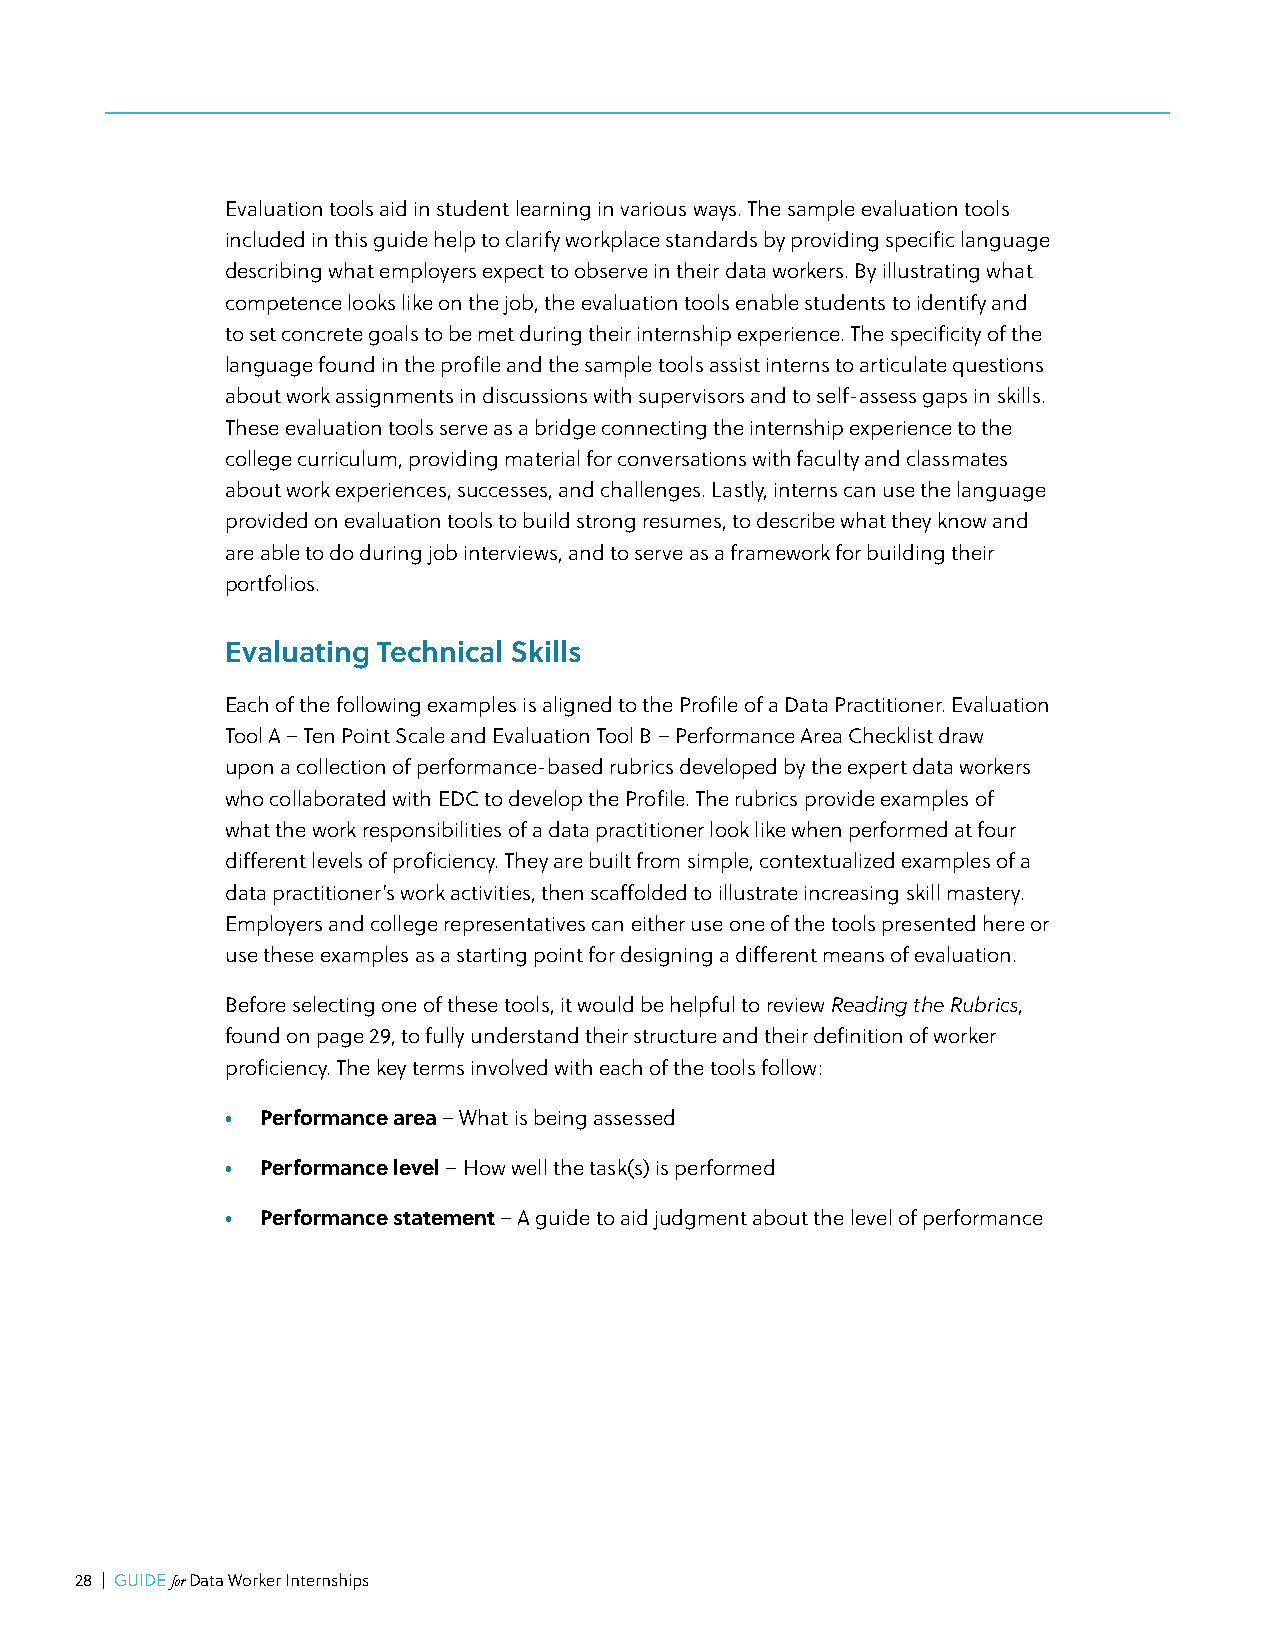
Evaluation tools aid in student learning in various ways. The sample evaluation tools
 included in this guide help to clarify workplace standards by providing specific language
 describing what employers expect to observe in their data workers. By illustrating what
 competence looks like on the job, the evaluation tools enable students to identify and
 to set concrete goals to be met during their internship experience. The specificity of the
 language found in the profile and the sample tools assist interns to articulate questions
 about work assignments in discussions with supervisors and to self-assess gaps in skills.
 These evaluation tools serve as a bridge connecting the internship experience to the
 college curriculum, providing material for conversations with faculty and classmates
 about work experiences, successes, and challenges. Lastly, interns can use the language
 provided on evaluation tools to build strong resumes, to describe what they know and
 are able to do during job interviews, and to serve as a framework for building their
 portfolios.
 Evaluating Technical Skills
 Each of the following examples is aligned to the Profile of a Data Practitioner. Evaluation
 Tool A – Ten Point Scale and Evaluation Tool B – Performance Area Checklist draw
 upon a collection of performance-based rubrics developed by the expert data workers
 who collaborated with EDC to develop the Profile. The rubrics provide examples of
 what the work responsibilities of a data practitioner look like when performed at four
 different levels of proficiency. They are built from simple, contextualized examples of a
 data practitioner’s work activities, then scaffolded to illustrate increasing skill mastery.
 Employers and college representatives can either use one of the tools presented here or
 use these examples as a starting point for designing a different means of evaluation.
 Before selecting one of these tools, it would be helpful to review Reading the Rubrics,
 found on page 29, to fully understand their structure and their definition of worker
 proficiency. The key terms involved with each of the tools follow:
 • Performance area – What is being assessed
 • Performance level – How well the task(s) is performed
 • Performance statement – A guide to aid judgment about the level of performance
 28 | GUIDE for Data Worker Internships